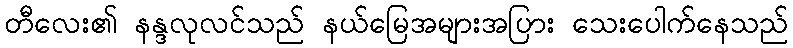
တီလေး၏ နန္ဒလုလင်သည် နယ်မြေအများအပြား သေးပေါက်နေသည်